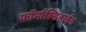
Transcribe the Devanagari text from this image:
फॉर्माल्डिहाईड